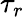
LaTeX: \tau_{r}